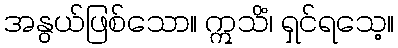
အနွယ်ဖြစ်သော။ ဣသိံ၊ ရှင်ရသေ့။